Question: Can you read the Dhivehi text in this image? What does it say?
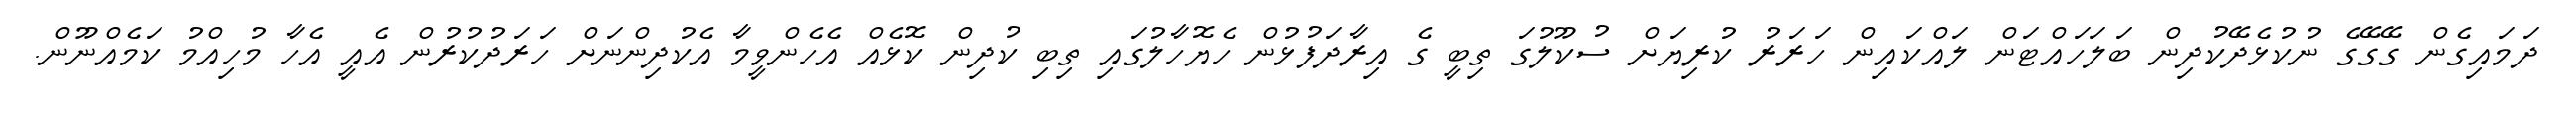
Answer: ދަމައިގެން ގޭގޭގެ ނުކުޅެދޭކުދިން ބަލަހައްޓަން ލައްކައިން ހަރަރު ކުރިޔަށް ސުކޫލުގަ ތިބީ ގެ އިރާދަފުޅުން ހެޔޮހާލުގައި ތިބި ކުދިން ކޮޅެއް އެހެންވީމާ އެކުދިންނަށް ހަރަދުކުރުން އެއީ އެހާ މުހިއްމު ކަމެއްނޫން.